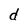
Character: d